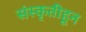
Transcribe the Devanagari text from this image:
संस्कृतीहून